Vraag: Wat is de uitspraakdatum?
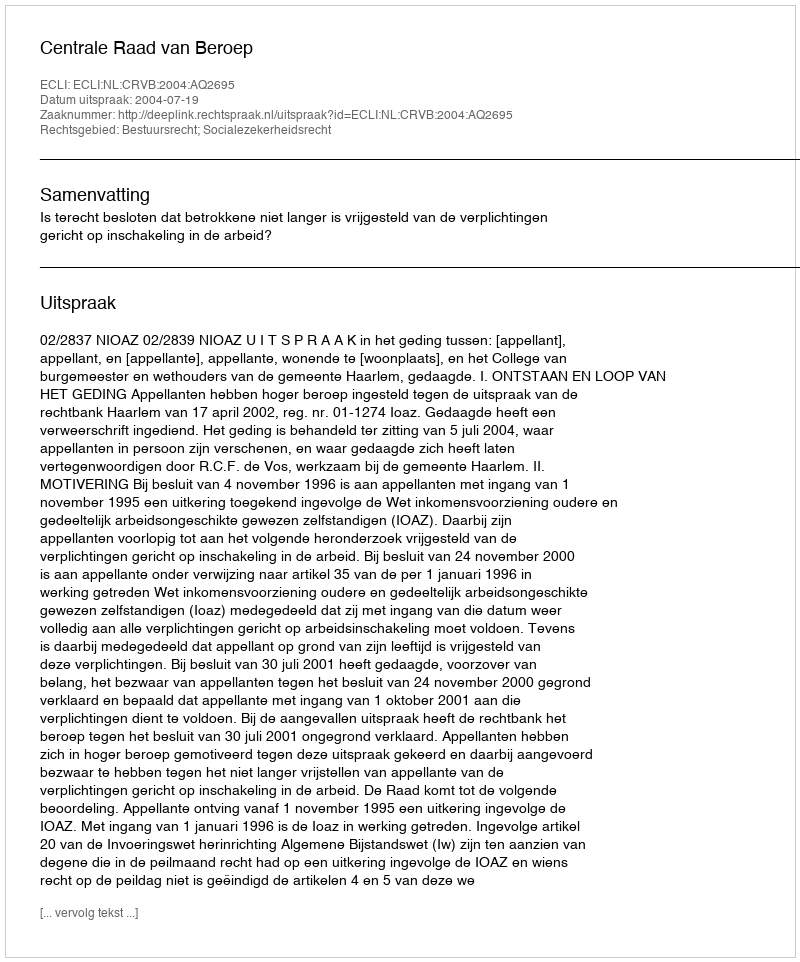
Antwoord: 2004-07-19